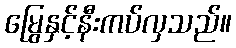
မြွေနှင့်နီးကပ်လှသည်။